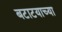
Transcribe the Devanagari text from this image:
बटाटयाच्या